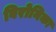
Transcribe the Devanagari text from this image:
विरोनिका